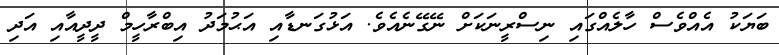
ބަޔަކު އެއްވެސް ހާލެއްގައި ނިސްރީނަކަށް ނޭގޭނެއެވެ. އަޅުގަނޑާއި އަޙުމަދު އިބްރާހީމް ދީދީއާއި އަދި